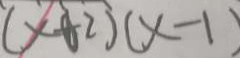
( x + 2 ) ( x - 1 )